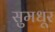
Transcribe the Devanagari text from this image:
सुमधूर